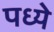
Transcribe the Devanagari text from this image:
पध्ये